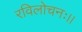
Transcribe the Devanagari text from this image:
रविलोचनः।।